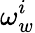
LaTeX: \omega_{w}^{i}